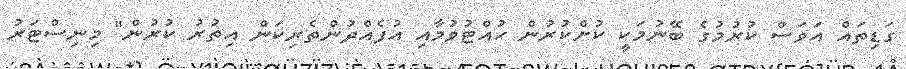
ގަޑިތައް އަވަސް ކުރުމުގެ ބޭނުމަކީ ކުށްކުރުން ހުއްޓުވުމާއި އުފެއްދުންތެރިކަން އިތުރު ކުރުން" މިނިސްޓަރު